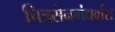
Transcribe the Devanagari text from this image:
चित्रसेनगंधर्वास